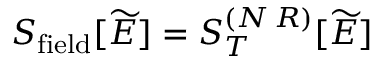
S _ { \mathrm { f i e l d } } [ \widetilde { E } ] = S _ { T } ^ { ( N \, R ) } [ \widetilde { E } ]